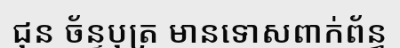
ជុន ច័ន្ទបុត្រ មានទោសពាក់ព័ន្ធ